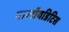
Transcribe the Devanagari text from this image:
मास्टॉयडिटिस